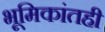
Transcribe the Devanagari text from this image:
भूमिकांतही